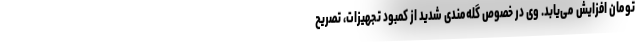
تومان افزایش می‌یابد. وی در خصوص گله‌مندی شدید از کمبود تجهیزات، تصریح